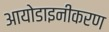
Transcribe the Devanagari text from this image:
आयोडाइनीकरण